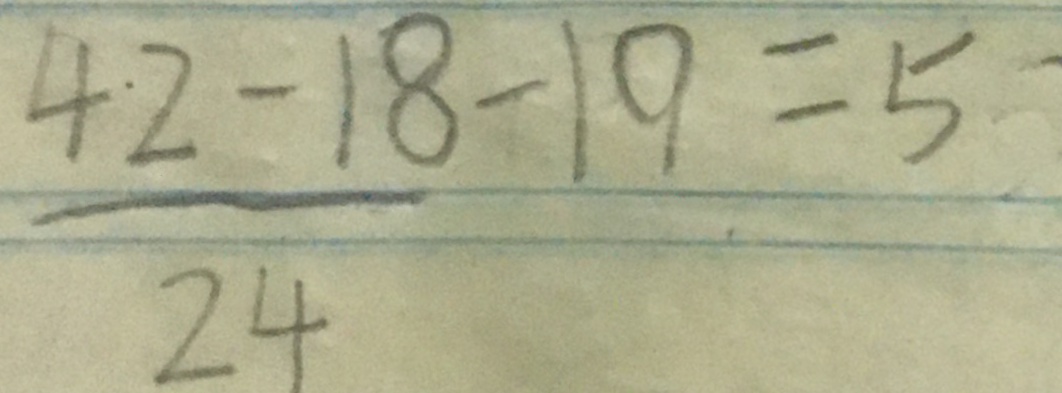
\frac { 4 2 - 1 8 } { 2 4 } - 1 9 = 5